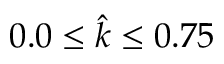
0 . 0 \leq \hat { k } \leq 0 . 7 5